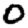
Digit: 0